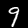
Digit: 9